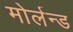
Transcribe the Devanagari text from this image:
मोर्लन्ड